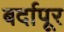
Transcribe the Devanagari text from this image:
बर्दापूर